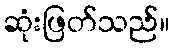
ဆုံးဖြတ်သည်။